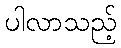
ပါလာသည့်